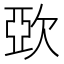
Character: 㰳